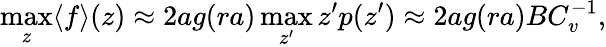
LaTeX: \operatorname*{max}_{z}\langle f\rangle(z)\approx 2ag(ra)\operatorname*{max}_{z^{\prime}}z^{\prime}p(z^{\prime})\approx 2ag(ra)BC_{v}^{-1},